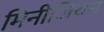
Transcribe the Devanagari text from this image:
मिनीजियन